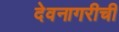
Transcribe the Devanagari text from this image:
देवनागरीची